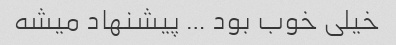
خیلی خوب بود … پیشنهاد میشه